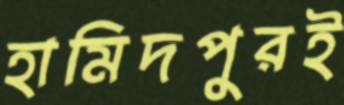
হামিদপুরই